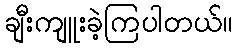
ချီးကျူးခဲ့ကြပါတယ်။